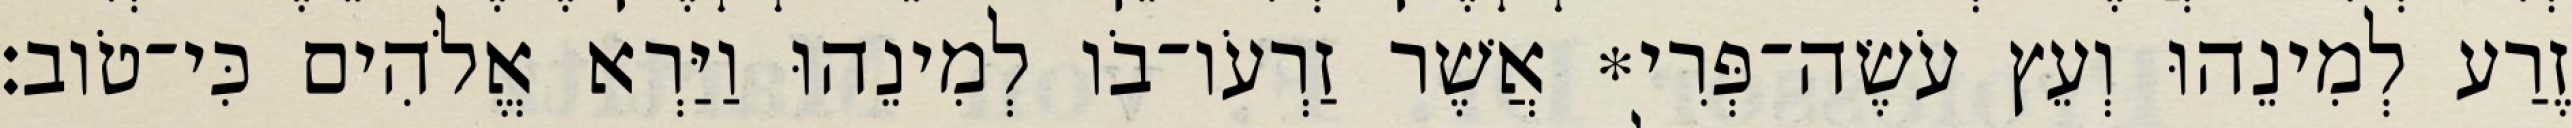
זֶרַע לְמִינֵהוּ וְעֵץ עֹשֶׂה־פְּרִי* אֲשֶׁר זַרְעֹו־בֹו לְמִינֵהוּ וַיַּרְא אֱלֹהִים כִּי־טֹוב׃